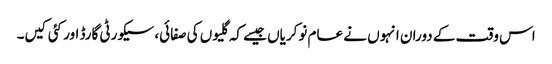
اس وقت کے دوران انہوں نے عام نوکریاں جیسے کہ گلیوں کی صفائی، سیکورٹی گارڈ اور کئی کیں۔